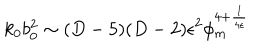
k _ { 0 } b _ { 0 } ^ { 2 } \sim ( D - 5 ) ( D - 2 ) \epsilon ^ { 2 } \phi _ { m } ^ { 4 + { \frac { 1 } { 4 \epsilon } } }